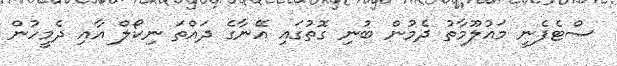
ސްޓެފެނީ މައުލޫމާތު ދެމުން ބުނި ގޮތުގައި އޭނާގެ ދައްތަ ނިކޯލް އާއި ދެމީހުން